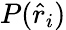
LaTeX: P(\hat{r}_{i})